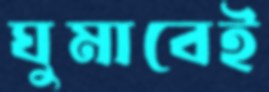
ঘুমাবেই